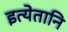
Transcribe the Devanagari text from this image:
इत्येतानि